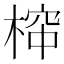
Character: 𱣺